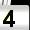
Digit: 4